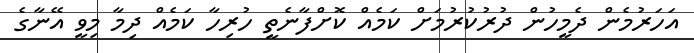
އަހަރުމެން ދެމީހުން ދުރުކުރުމަށް ކަމެއް ކޮށްފާނެތީ ހުރިހާ ކަމެއް ދިމާ މިވީ އޭނާގެ